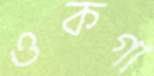
ওকগা